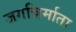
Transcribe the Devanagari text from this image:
जगन्निर्माता